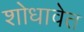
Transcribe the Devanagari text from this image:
शोधावेत